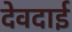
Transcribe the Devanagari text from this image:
देवदाई